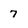
Character: 7